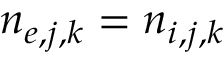
n _ { e , j , k } = n _ { i , j , k }